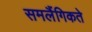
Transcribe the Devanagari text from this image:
समलैंगिकते